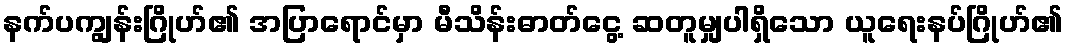
နက်ပကျွန်းဂြိုဟ်၏ အပြာရောင်မှာ မီသိန်းဓာတ်ငွေ့ ဆတူမျှပါရှိသော ယူရေးနပ်ဂြိုဟ်၏